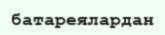
батареялардан